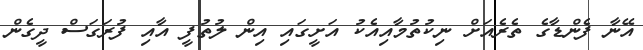
އޭނާ ފެންޑާގެ ތެރެއަށް ނިކުތުމާއިއެކު އަށީގައި އިން ލުތުފީ އާއި ފުރަގަސް ދީގެން